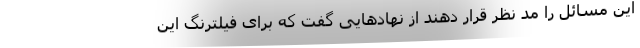
این مسائل را مد نظر قرار دهند از نهادهایی گفت که برای فیلترنگ این